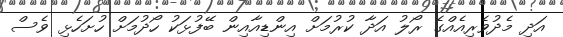
އަދި މެދުވެރިއެއްގެ ރޯލު އަދާ ކުރުމަށް އިންޑިއާއިން ބޭފުޅަކު ހޯދުމަށް ހުށަހެޅި ވެސް